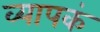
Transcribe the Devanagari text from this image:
व्यापकं